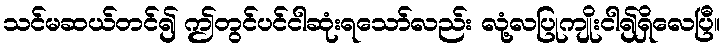
သင်မဆယ်တင်၍ ဤတွင်ပင်ငါဆုံးရသော်လည်း လုံ့လပြုကျိုးငါ၍ရှိလေပြီ။